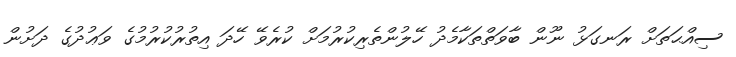
ސިއްޙަތަށް ރަނގަޅު ނޫން ބާވަތްތަކާމެދު ހޭލުންތެރިކުރުމަށް ކުރެވޭ ހޭދަ އިތުރުކުރުމުގެ ވަޢުދުގެ ދަށުން